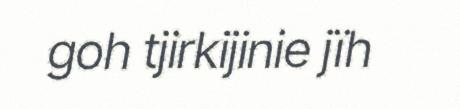
goh tjirkijinie jïh